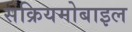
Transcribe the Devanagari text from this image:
सक्रियमोबाइल